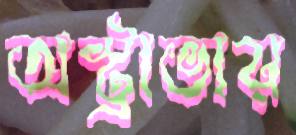
অস্ট্রাভায়